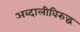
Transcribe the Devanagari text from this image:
अब्दालीविरुद्ध